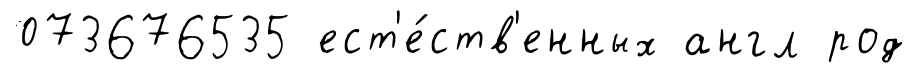
073676535 ест'е́ств'енных англ род